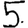
Digit: 5